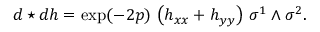
d \star d h = \exp ( - 2 p ) \, \left( h _ { x x } + h _ { y y } \right) \, \sigma ^ { 1 } \wedge \sigma ^ { 2 } .